Report on vaccination in Madras 1904-1921 - 1904-1921
Year: 1904
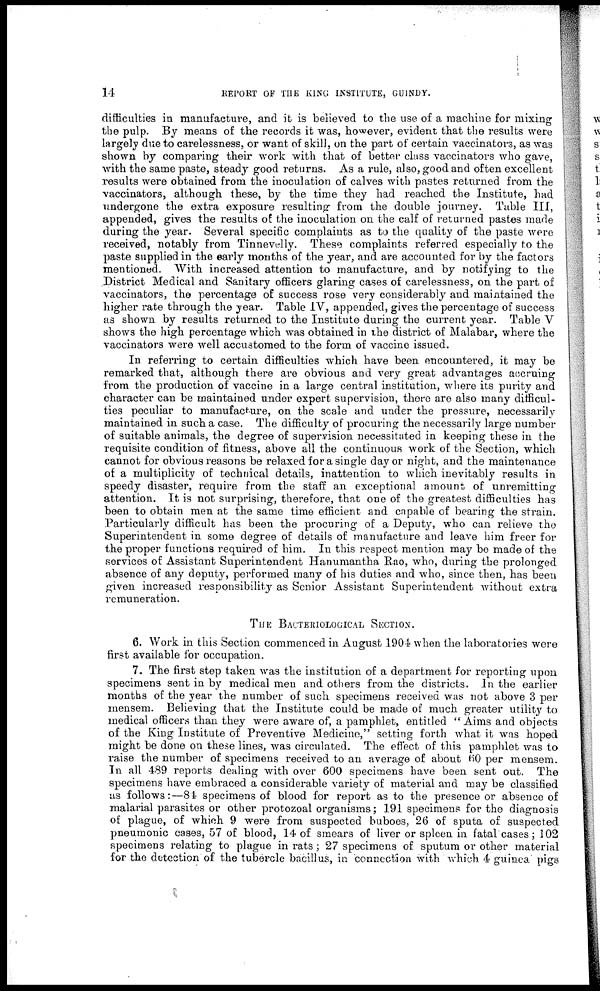
14
REPORT OF THE KING INSTITUTE, GUINDY.
difficulties in manufacture, and it is believed to the use of a machine for mixing
the pulp. By means of the records it was, however, evident that the results were
largely due to carelessness, or want of skill, on the part of certain vaccinators, as was
shown by comparing their work with that of better class vaccinators who gave,
with the same paste, steady good returns. As a rule, also, good and often excellent
results were obtained from the inoculation of calves with pastes returned from the
vaccinators, although these, by the time they had reached the Institute, had
undergone the extra exposure resulting from the double journey. Table III,
appended, gives the results of the inoculation on the calf of returned pastes made
during the year. Several specific complaints as to the quality of the paste were
received, notably from Tinnevelly. These complaints referred especially to the
paste supplied in the early months of the year, and are accounted for by the factors
mentioned. With increased attention to manufacture, and by notifying to the
District Medical and Sanitary officers glaring cases of carelessness, on the part of
vaccinators, the percentage of success rose very considerably and maintained the
higher rate through the year. Table IV, appended, gives the percentage of success
as shown by results returned to the Institute during the current year. Table V
shows the high percentage which was obtained in the district of Malabar, where the
vaccinators were well accustomed to the form of vaccine issued.
In referring to certain difficulties which have been encountered, it may be
remarked that, although there are obvious and very great advantages accruing
from the production of vaccine in a large central institution, where its purity and
character can be maintained under expert supervision, there are also many difficul-
ties peculiar to manufacture, on the scale and under the pressure, necessarily
maintained in such a case. The difficulty of procuring the necessarily large number
of suitable animals, the degree of supervision necessitated in keeping these in the
requisite condition of fitness, above all the continuous work of the Section, which
cannot for obvious reasons be relaxed for a single day or night, and the maintenance
of a multiplicity of technical details, inattention to which inevitably results in
speedy disaster, require from the staff an exceptional amount of unremitting
attention. It is not surprising, therefore, that one of the greatest difficulties has
been to obtain men at the same time efficient and capable of bearing the strain.
Particularly difficult has been the procuring of a Deputy, who can relieve the
Superintendent in some degree of details of manufacture and leave him freer for
the proper functions required of him. In this respect mention may be made of the
services of Assistant Superintendent Hanumantha Rao, who, during the prolonged
absence of any deputy, performed many of his duties and who, since then, has been
given increased responsibility as Senior Assistant Superintendent without extra
remuneration.
THE BACTERIOLOGICAL SECTION.
6. Work in this Section commenced in August 1904 when the laboratories were
first available for occupation.
7. The first step taken was the institution of a department for reporting upon
specimens sent in by medical men and others from the districts. In the earlier
months of the year the number of such specimens received was not above 3 per
mensem. Believing that the Institute could be made of much greater utility to
medical officers than they were aware of, a pamphlet, entitled " Aims and objects
of the King Institute of Preventive Medicine," setting forth what it was hoped
might be done on these lines, was circulated. The effect of this pamphlet was to
raise the number of specimens received to an average of about 60 per mensem.
In all 489 reports dealing with over 600 specimens have been sent out. The
specimens have embraced a considerable variety of material and may be classified
as follows:—84 specimens of blood for report as to the presence or absence of
malarial parasites or other protozoal organisms; 191 specimens for the diagnosis
of plague, of which 9 were from suspected buboes, 26 of sputa of suspected
pneumonic cases, 57 of blood, 14 of smears of liver or spleen in fatal cases; 102
specimens relating to plague in rats; 27 specimens of sputum or other material
for the detection of the tubercle bacillus, in connection with which 4 guinea pigs